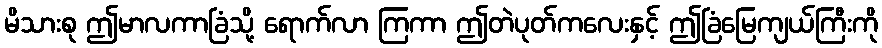
မိသားစု ဤမာလကာခြံသို့ ရောက်လာ ကြကာ ဤတဲပုတ်ကလေးနှင့် ဤခြံမြေကျယ်ကြီးကို